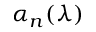
\alpha _ { n } ( \lambda )